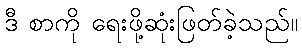
ဒီ စာကို ရေးဖို့ဆုံးဖြတ်ခဲ့သည်။